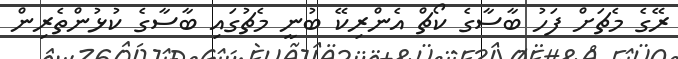
ރޭގެ މެޗަށް ފަހު ބާސާގެ ކޯޗް އެންރިކޭ ބުނީ މެޗުގައި ބާސާގެ ކުޅުންތެރިން